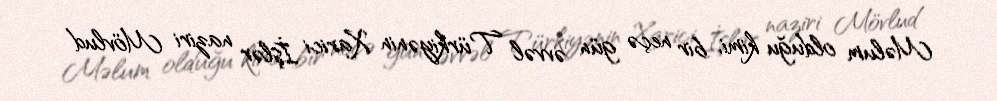
Məlum olduğu kimi, bir neçə gün əvvəl Türkiyənin Xarici İşlər naziri Mövlud